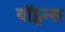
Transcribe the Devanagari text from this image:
वॉट्सन्स